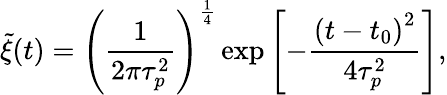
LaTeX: \tilde{\xi}(t)=\left(\frac{1}{2\pi\tau_{p}^{2}}\right)^{\frac 14}\exp\left[-\frac{\left(t-t_{0}\right)^{2}}{4\tau_{p}^{2}}\right],